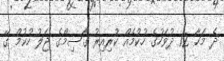
ދެ މަހާ 12 ދުވަހުގެ ހުކުމެއް ކުރިއިރު ގާސިމްގެ ޖަލު ހުކުމް ގޭ